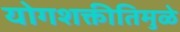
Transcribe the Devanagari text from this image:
योगशक्तीतिमुळे